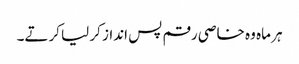
ہر ماہ وہ خاصی رقم پس انداز کر لیا کرتے۔